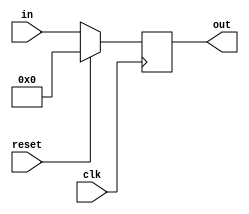
// Register, 5 bits, no enable input
module reg_5bitne(out, in, reset, clk);

   output  [4:0] out;
   reg [4:0]     out;
   input [4:0]   in;
   input         clk, reset;
   
   always @(posedge clk)
     
     begin
        if(reset == 1'b1)
          out <= 0;
        else
          out <= in;
     end

endmodule